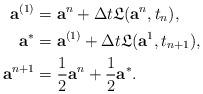
LaTeX: \begin{align*}{\textbf{a}^{(1)}} &= \textbf{a}^n + \Delta t \mathfrak{L}(\textbf{a}^n,t_n), \\{\textbf{a}^{*}} &= \textbf{a}^{(1)} + \Delta t \mathfrak{L}(\textbf{a}^{{1}},t_{n+1}), \\\textbf{a}^{n+1} &= \frac{1}{2}\textbf{a}^n + \frac{1}{2}\textbf{a}^{*}. \end{align*}